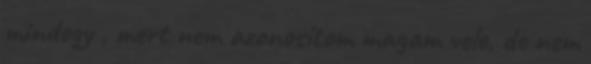
mindegy , mert nem azonosítom magam vele, de nem